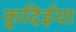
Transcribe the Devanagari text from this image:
कुदिईया